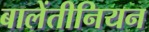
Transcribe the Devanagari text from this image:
बालेंतीनियन